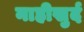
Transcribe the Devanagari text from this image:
नाहीखुर्द